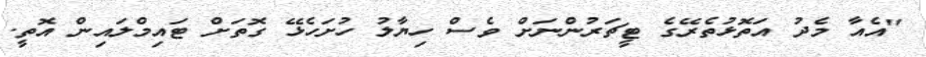
"އެއާ މެދު އަތޮޅުތެރޭގެ ޓީޗަރުންނަށް ވެސް ހިޔާލު ހުށަހެޅޭ ގޮތަށް ޓައިމްލައިން އޮތީ.